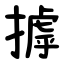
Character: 摢